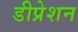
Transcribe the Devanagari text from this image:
डीप्रेशन